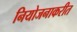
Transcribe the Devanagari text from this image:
नियोजनाकरीत